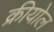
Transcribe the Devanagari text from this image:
क्रीयोल